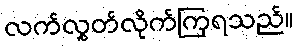
လက်လွှတ်လိုက်ကြရသည်။